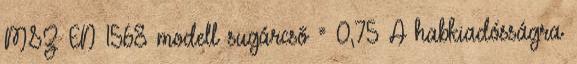
MSZ EN 1568 modell sugárcsõ = 0,75 A habkiadósságra